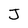
Character: J